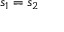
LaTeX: s _ { 1 } = s _ { 2 }